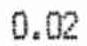
0.02